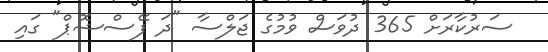
ސަރުކާރަށް 365 ދުވަސް ވުމުގެ ޖަލްސާ "ދަ ފޭސްޝޮޕް" ގައި